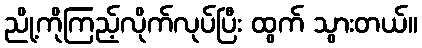
ညို့ကိုကြည့်လိုက်လုပ်ပြီး ထွက် သွားတယ်။